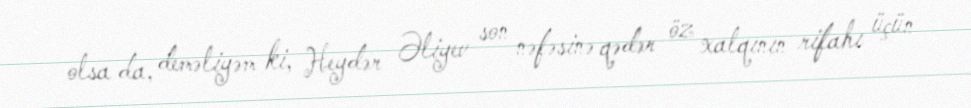
olsa da, deməliyəm ki, Heydər Əliyev son nəfəsinə qədər öz xalqının rifahı üçün